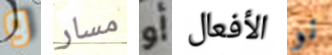
و مسار أو الأفعال نو